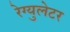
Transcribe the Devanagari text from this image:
रेग्‍युलेटर